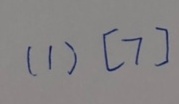
( 1 ) [ 7 ]